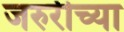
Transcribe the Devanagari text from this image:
जरुरीच्या